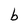
Character: b